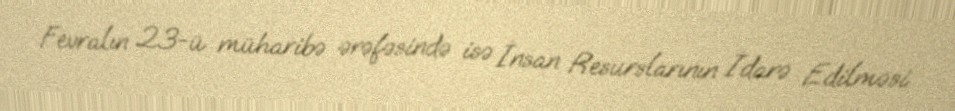
Fevralın 23-ü müharibə ərəfəsində isə İnsan Resurslarının İdarə Edilməsi